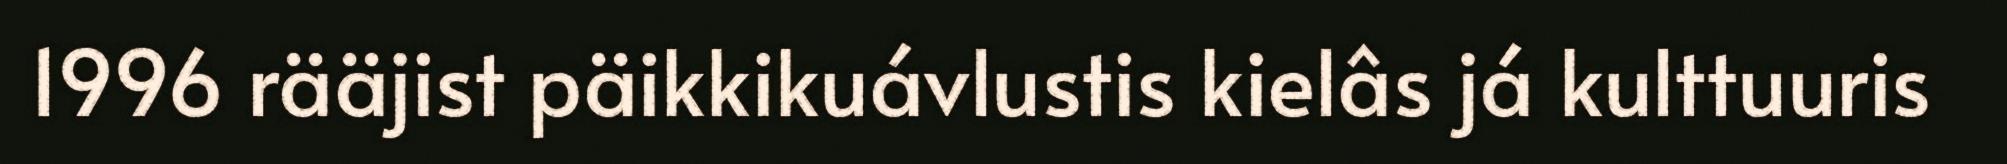
1996 rääjist päikkikuávlustis kielâs já kulttuuris